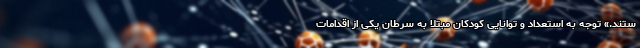
ستند.» توجه به استعداد و توانایی کودکان مبتلا به سرطان یکی از اقدامات